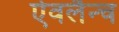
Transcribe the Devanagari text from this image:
ऐवलैन्च